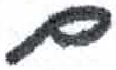
אות: ם